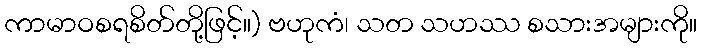
ကာမာဝစရစိတ်တို့ဖြင့်။) ဗဟုကံ၊ သတ သဟဿ စသားအများကို။